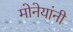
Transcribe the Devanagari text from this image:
मोनेयांनी